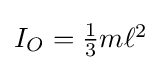
{\textstyle I_{O}={\frac {1}{3}}m\ell ^{2}}